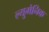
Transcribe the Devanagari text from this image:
ल्युमेनिक